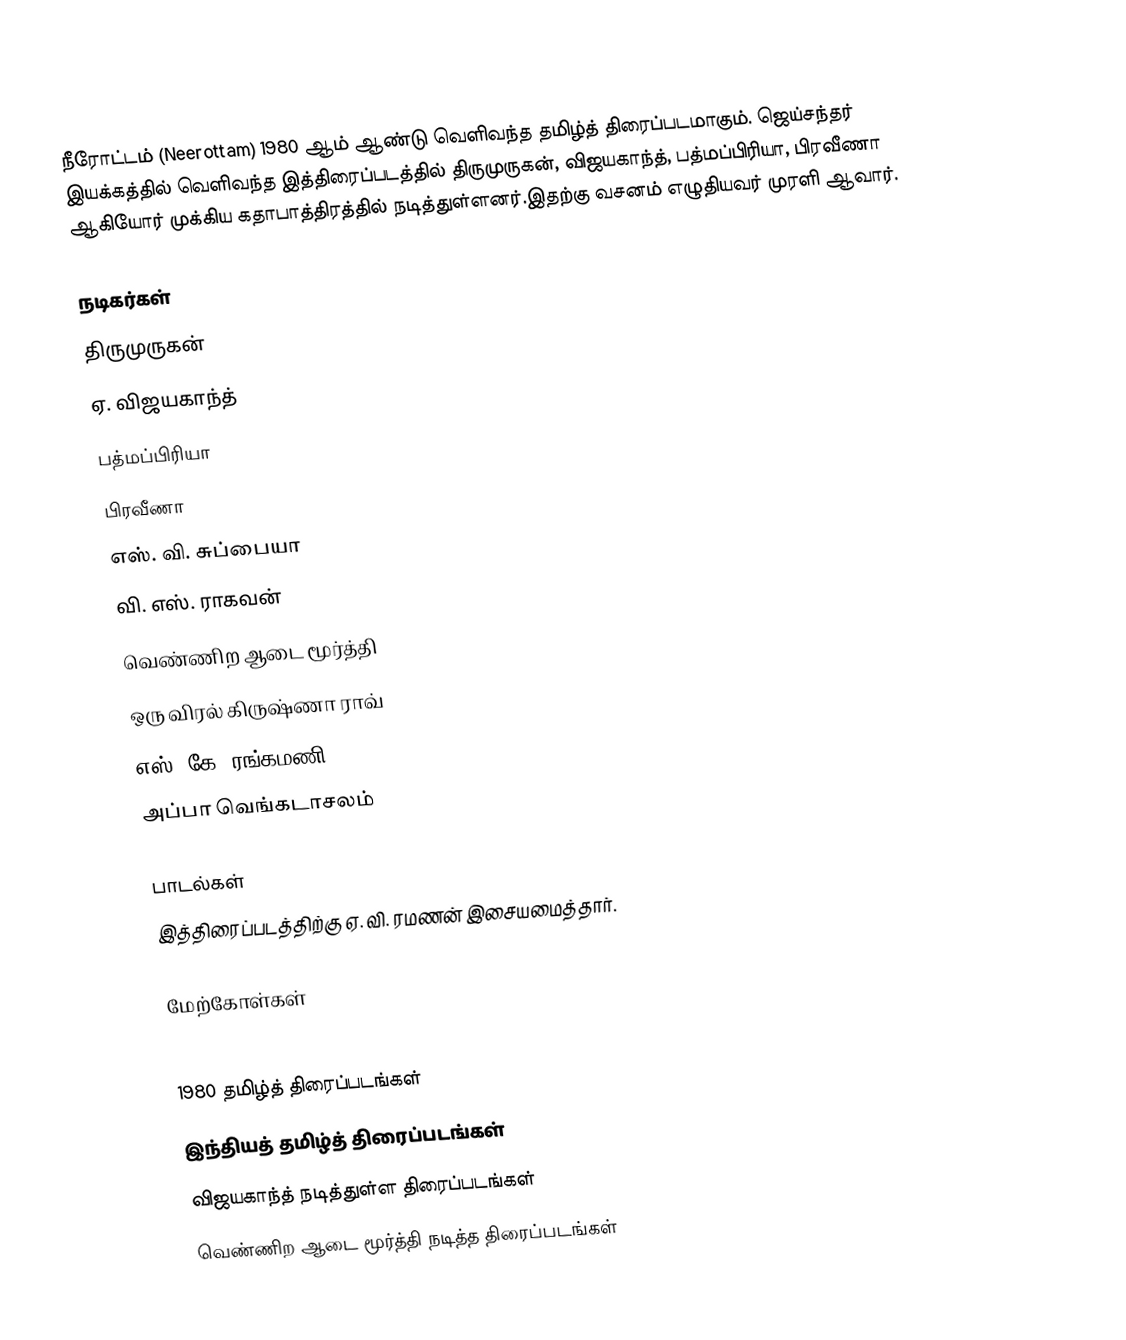
நீரோட்டம் (Neerottam) 1980 ஆம் ஆண்டு வெளிவந்த தமிழ்த் திரைப்படமாகும். ஜெய்சந்தர் இயக்கத்தில் வெளிவந்த இத்திரைப்படத்தில் திருமுருகன், விஜயகாந்த், பத்மப்பிரியா, பிரவீணா ஆகியோர் முக்கிய கதாபாத்திரத்தில் நடித்துள்ளனர்.இதற்கு வசனம் எழுதியவர் முரளி ஆவார்.

நடிகர்கள்
 திருமுருகன்
 ஏ. விஜயகாந்த்
 பத்மப்பிரியா
 பிரவீணா
 எஸ். வி. சுப்பையா
 வி. எஸ். ராகவன்
 வெண்ணிற ஆடை மூர்த்தி
 ஒரு விரல் கிருஷ்ணா ராவ்
 எஸ். கே. ரங்கமணி
 அப்பா வெங்கடாசலம்

பாடல்கள்
இத்திரைப்படத்திற்கு ஏ. வி. ரமணன் இசையமைத்தார்.

மேற்கோள்கள்

1980 தமிழ்த் திரைப்படங்கள்
இந்தியத் தமிழ்த் திரைப்படங்கள்
விஜயகாந்த் நடித்துள்ள திரைப்படங்கள்
வெண்ணிற ஆடை மூர்த்தி நடித்த திரைப்படங்கள்